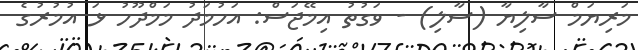
މަރިޔަމް ސާލިޔާ (ސާލި) - ވަގުތު އިމޭޖަސް: އަހުމަދު މަމްދޫހު ޅަ އުމުރުގެ